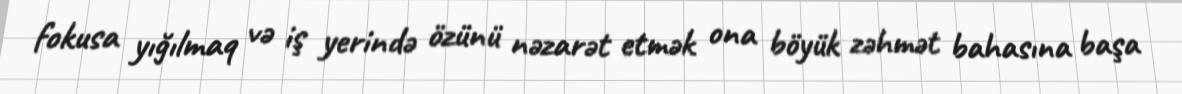
fokusa yığılmaq və iş yerində özünü nəzarət etmək ona böyük zəhmət bahasına başa